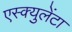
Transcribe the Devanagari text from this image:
एस्क्युलेंटा